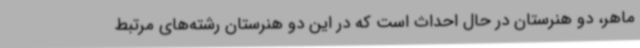
ماهر، دو هنرستان در حال احداث است که در این دو هنرستان رشته‌های مرتبط